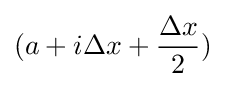
(a+i\Delta x+{\frac {\Delta x}{2}})